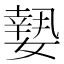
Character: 𡡘